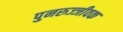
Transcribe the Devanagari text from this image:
पुनरुज्जीवक